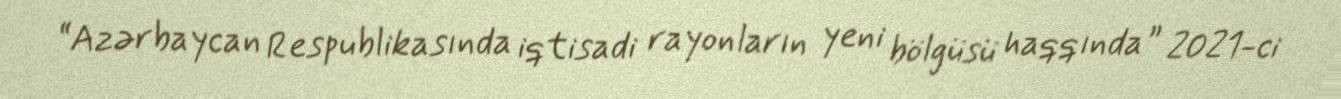
“Azərbaycan Respublikasında iqtisadi rayonların yeni bölgüsü haqqında” 2021-ci